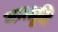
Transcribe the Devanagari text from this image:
जनश्रृति